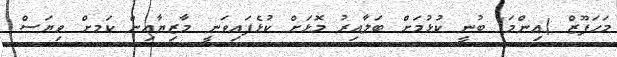
މަހަފޫޒް (އިންމަ) ބުނީ ކުޅުމަށް ބަލާއިރު މޮޅަށް ކުޅެފައިވަނީ މާޒިޔާއިން ކަމށް ވިޔަސް